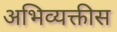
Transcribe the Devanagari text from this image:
अभिव्यक्तीस